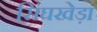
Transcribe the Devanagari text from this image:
सिंघखेड़ा